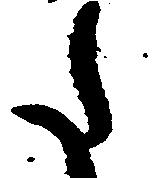
た